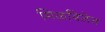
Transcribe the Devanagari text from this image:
मिळविलेत